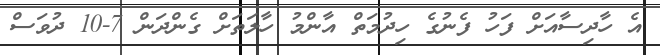
އެ ހާދިސާއަށް ފަހު ފެނުގެ ހިދުމަތް އާންމު ހާލަތަށް ގެންދަން 7-10 ދުވަސް